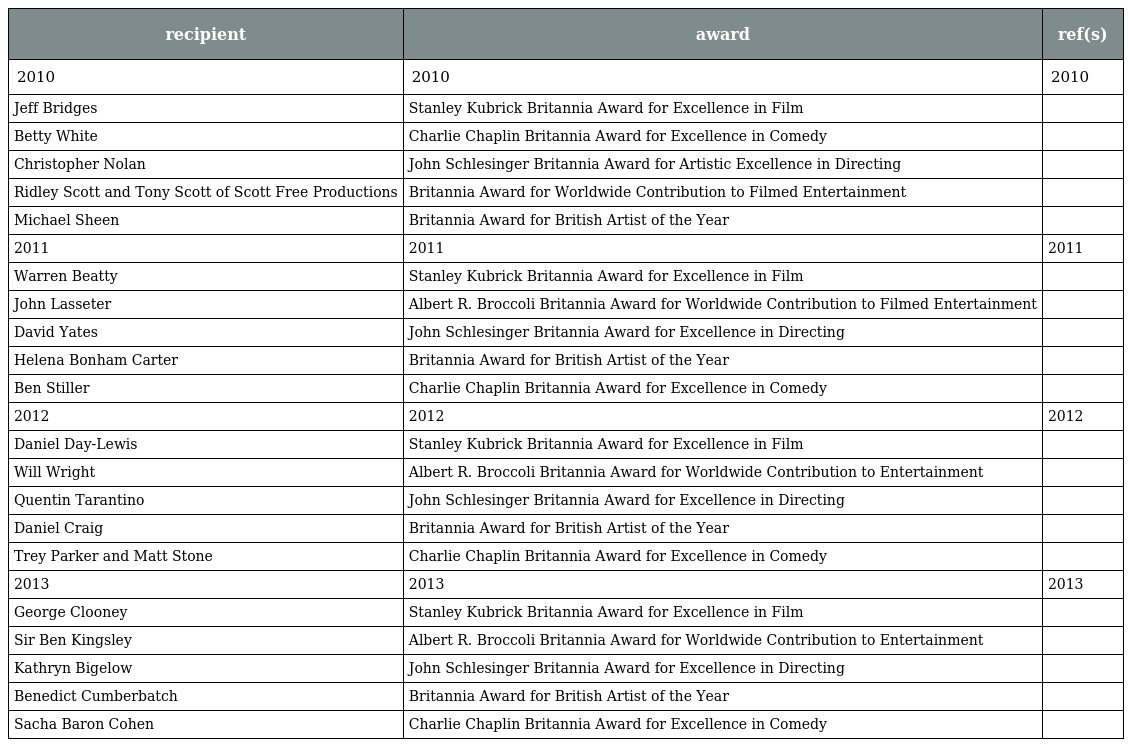
| recipient | award | ref(s) |
 | --- | --- | --- |
 | 2010 | 2010 | 2010 |
 | Jeff Bridges | Stanley Kubrick Britannia Award for Excellence in Film |  |
 | Betty White | Charlie Chaplin Britannia Award for Excellence in Comedy |  |
 | Christopher Nolan | John Schlesinger Britannia Award for Artistic Excellence in Directing |  |
 | Ridley Scott and Tony Scott of Scott Free Productions | Britannia Award for Worldwide Contribution to Filmed Entertainment |  |
 | Michael Sheen | Britannia Award for British Artist of the Year |  |
 | 2011 | 2011 | 2011 |
 | Warren Beatty | Stanley Kubrick Britannia Award for Excellence in Film |  |
 | John Lasseter | Albert R. Broccoli Britannia Award for Worldwide Contribution to Filmed Entertainment |  |
 | David Yates | John Schlesinger Britannia Award for Excellence in Directing |  |
 | Helena Bonham Carter | Britannia Award for British Artist of the Year |  |
 | Ben Stiller | Charlie Chaplin Britannia Award for Excellence in Comedy |  |
 | 2012 | 2012 | 2012 |
 | Daniel Day-Lewis | Stanley Kubrick Britannia Award for Excellence in Film |  |
 | Will Wright | Albert R. Broccoli Britannia Award for Worldwide Contribution to Entertainment |  |
 | Quentin Tarantino | John Schlesinger Britannia Award for Excellence in Directing |  |
 | Daniel Craig | Britannia Award for British Artist of the Year |  |
 | Trey Parker and Matt Stone | Charlie Chaplin Britannia Award for Excellence in Comedy |  |
 | 2013 | 2013 | 2013 |
 | George Clooney | Stanley Kubrick Britannia Award for Excellence in Film |  |
 | Sir Ben Kingsley | Albert R. Broccoli Britannia Award for Worldwide Contribution to Entertainment |  |
 | Kathryn Bigelow | John Schlesinger Britannia Award for Excellence in Directing |  |
 | Benedict Cumberbatch | Britannia Award for British Artist of the Year |  |
 | Sacha Baron Cohen | Charlie Chaplin Britannia Award for Excellence in Comedy |  |